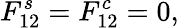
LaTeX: F_{12}^{s}=F_{12}^{c}=0,